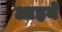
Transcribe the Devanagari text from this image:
आहये